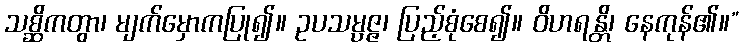
သစ္ဆိကတွာ၊ မျက်မှောကပြု၍။ ဥပသမ္ပဇ္ဇ၊ ပြည့်စုံစေ၍။ ဝိဟရန္တိ၊ နေကုန်၏။”